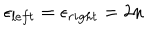
\epsilon _ { l e f t } = \epsilon _ { r i g h t } = 2 n